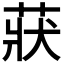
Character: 𦲚